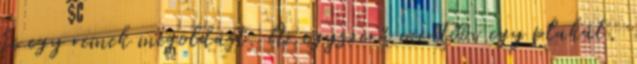
ki egy remek megoldást. Az egyszerű mentőöv egy plakát,